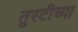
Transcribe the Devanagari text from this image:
तुरटीच्या